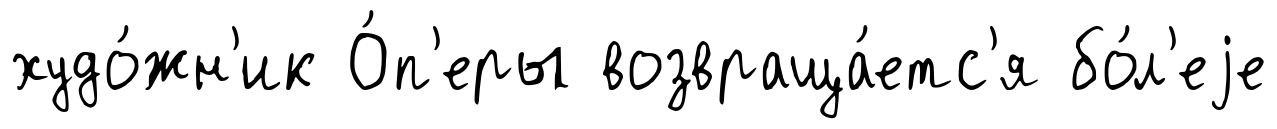
худо́жн'ик О́п'еры возвраща́етс'я бо́л'еjе